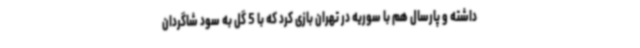
داشته و پارسال هم با سوریه در تهران بازی کرد که با 5 گل به سود شاگردان